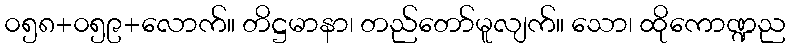
၀၅၈+၀၅၉+လောက်။ တိဋ္ဌမာနာ၊ တည်တော်မူလျက်။ သော၊ ထိုကောဏ္ဍည